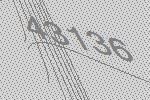
43136